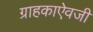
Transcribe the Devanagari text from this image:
ग्राहकाऐवजी